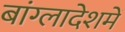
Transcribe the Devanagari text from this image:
बांग्लादेशमें